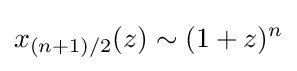
x_{(n+1)/2}(z)\sim (1+z)^{n}